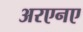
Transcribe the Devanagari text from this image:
अरएनए